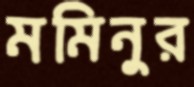
মমিনুর